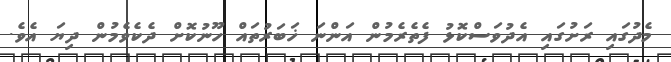
މެދުގައި ރަށުގައި އެދުވަސްކޮޅު ފެތެރެމުން އަންނަ ޚަބަރުތައް ހޫނުކޮށް ދެކެވެމުން ދިޔަ އެވެ.